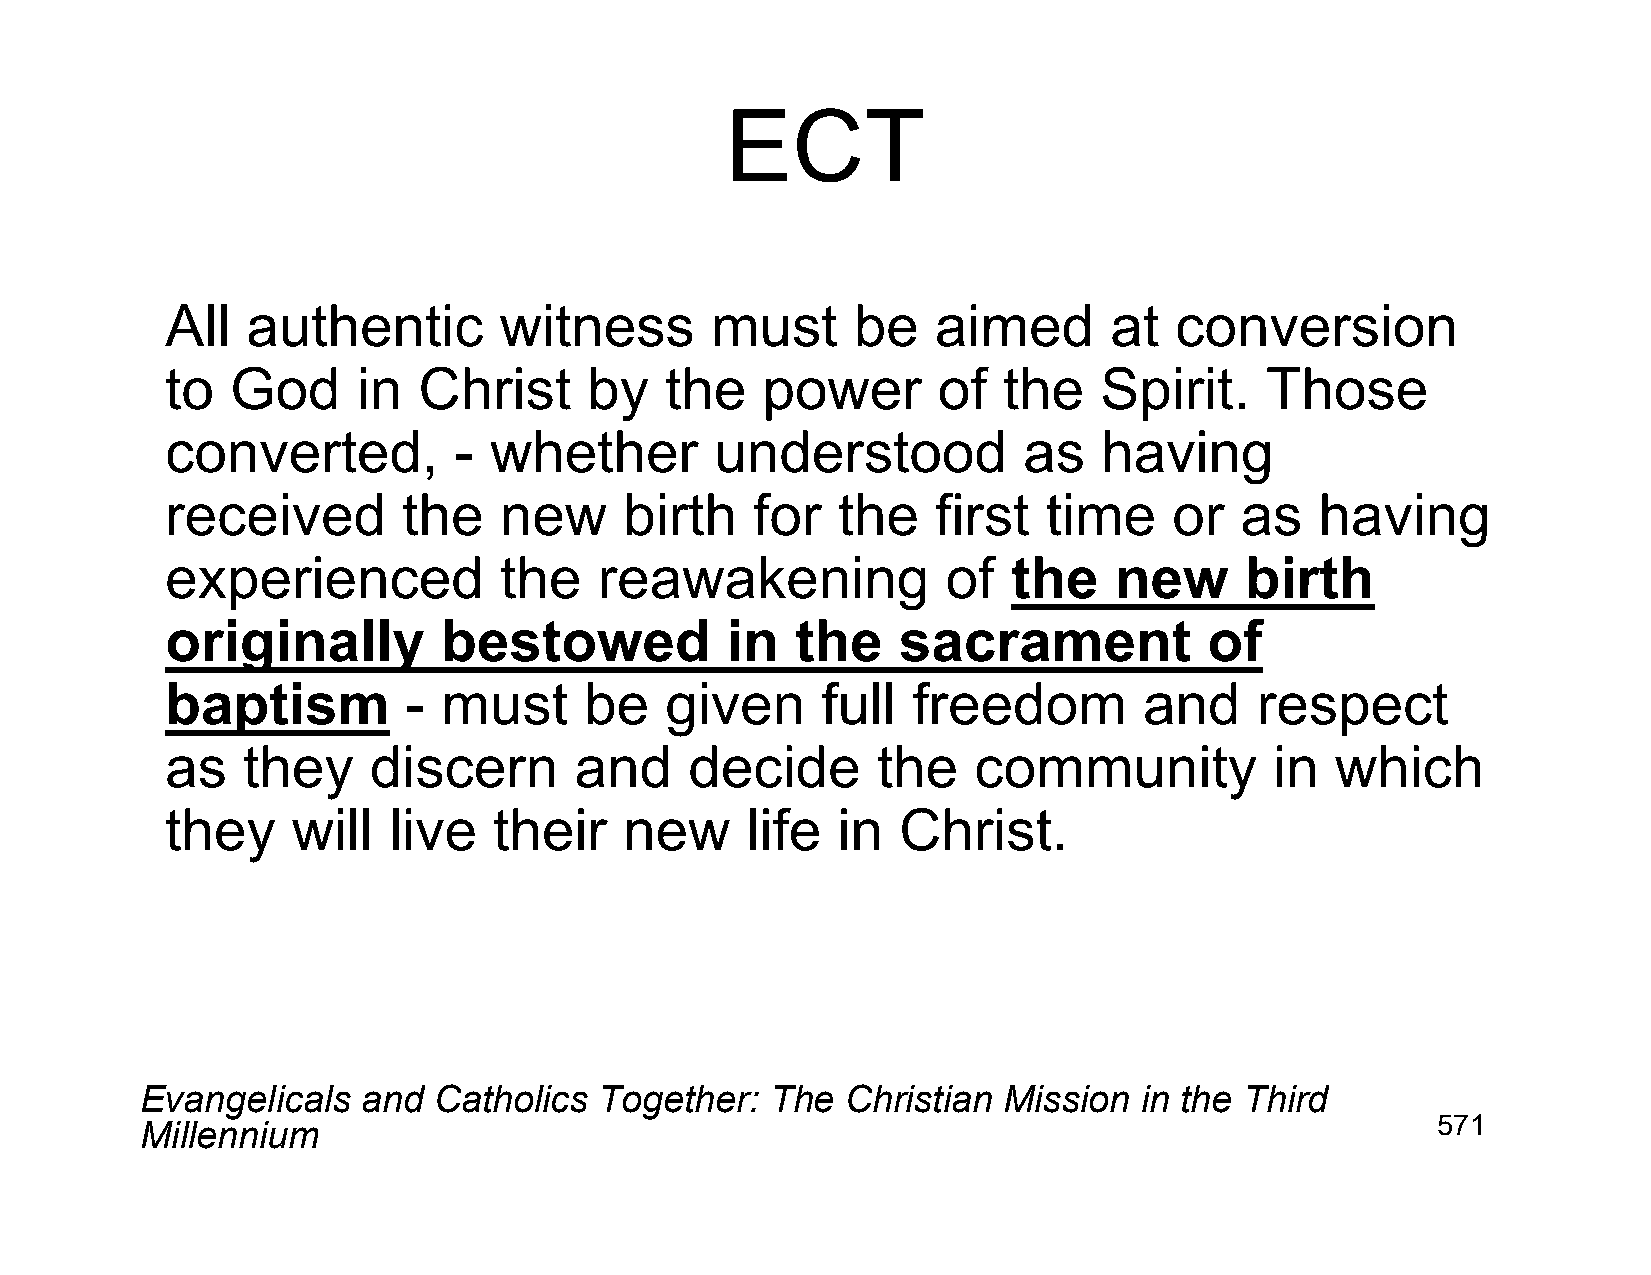
ECT
 All  authentic        witness       must     be    aimed      at   conversion
 to  God      in  Christ     by   the   power       of  the    Spirit.    Those
 converted,         - whether        understood           as   having
 received        the   new     birth    for  the    first  time     or  as   having
 experienced           the    reawakening            of  the    new     birth
 originally        bestowed           in   the   sacrament            of
 baptism         - must      be   given     full  freedom         and    respect
 as   they    discern       and     decide      the   community           in  which
 they    will   live   their   new     life  in   Christ.
 Evangelicals   and  Catholics  Together:  The  Christian Mission  in the Third
 Millennium                                                                            571